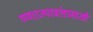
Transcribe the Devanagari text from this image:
गणराज्यरवांडासाओ